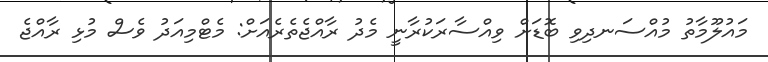
މައުލޫމާތު މުއްސަނދިވި ބޮޑަށް ވިއްސާރަކުރާނީ މެދު ރާއްޖެތެރެއަށް: މެޓްމިއަދު ވެސް މުޅި ރާއްޖެ